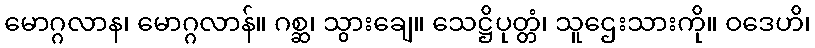
မောဂ္ဂလာန၊ မောဂ္ဂလာန်။ ဂစ္ဆ၊ သွားချေ။ သေဋ္ဌိပုတ္တံ၊ သူဌေးသားကို။ ဝဒေဟိ၊